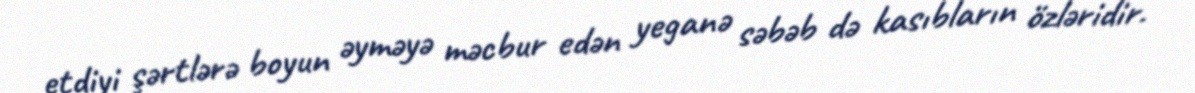
etdiyi şərtlərə boyun əyməyə məcbur edən yeganə səbəb də kasıbların özləridir.